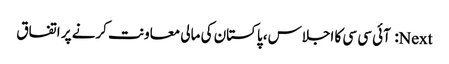
Next: آئی سی سی کا اجلاس، پاکستان کی مالی معاونت کرنے پر اتفاق